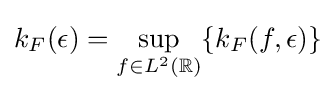
k_{F}(\epsilon )=\sup _{f\in L^{2}(\mathbb {R} )}\{k_{F}(f,\epsilon )\}